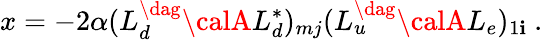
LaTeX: x=-2\alpha(L_{d}^{\dag}{\calA}L_{d}^{*})_{mj}(L_{u}^{\dag}{\calA}L_{e})_{1\mathbf{i}}~.